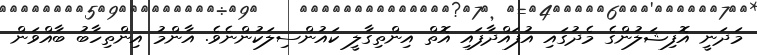
މަދަނީ އޮފިޝަލުންގެ މެދުގައި އުފައްދާފައި އޮތް އިންތިގާލީ ކައުންސިލަކުންނެވެ. އާންމު އިންތިހާބު ބާއްވަން